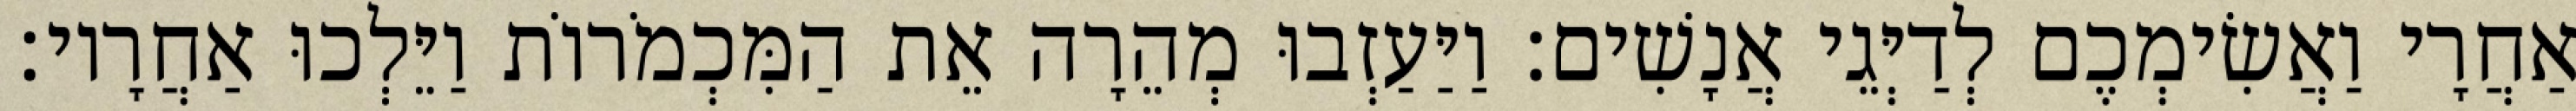
אַחֲרָי וַאֲשִׂימְכֶם לְדַיְּגֵי אֲנָשִׁים׃ וַיַּעַזְבוּ מְהֵרָה אֵת הַמִּכְמֹרוֹת וַיֵּלְכוּ אַחֲרָיו׃